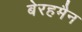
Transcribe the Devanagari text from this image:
बेरहमैन